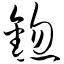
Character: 锪